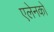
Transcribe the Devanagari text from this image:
एलेनको